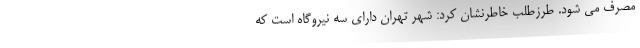
مصرف می شود. طرزطلب خاطرنشان کرد: شهر تهران دارای سه نیروگاه است که